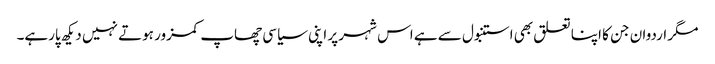
مگر اردوان جن کا اپنا تعلق بھی استنبول سے ہے اس شہر پر اپنی سیاسی چھاپ کمزور ہوتے نہیں دیکھ پارہے۔